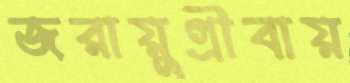
জরায়ুগ্রীবায়